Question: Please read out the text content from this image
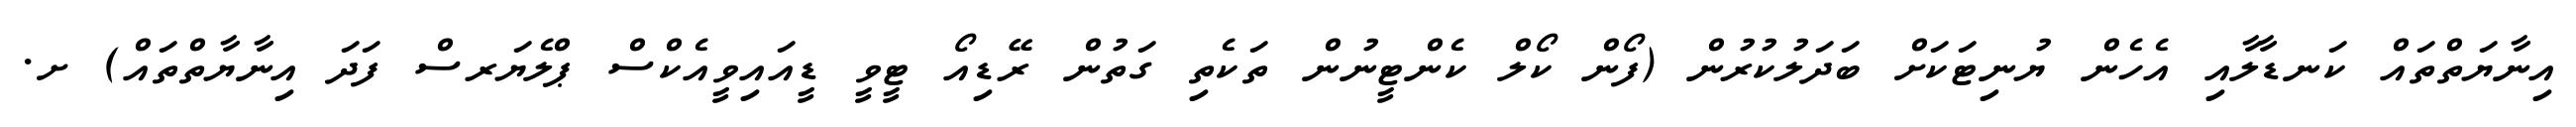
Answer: އިނާޔަތްތައް ކަނޑާލާއި އެހެން ޔުނިޓަކަށް ބަދަލުކުރުން (ފޯން ކޯލް ކެންޓީނުން ތަކެތި ގަތުން ރޭޑިއޯ ޓީވީ ޑީއައިވީއެކްސް ޕްލެޔަރސް ފަދަ އިނާޔާތްތައް) ށ.